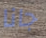
جانا